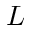
L